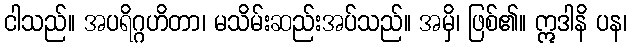
ငါသည်။ အပရိဂ္ဂဟိတာ၊ မသိမ်းဆည်းအပ်သည်။ အမှိ၊ ဖြစ်၏။ ဣဒါနိ ပန၊